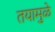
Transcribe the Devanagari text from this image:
तयामुळे